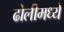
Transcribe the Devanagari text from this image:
ढोलीमध्ये